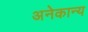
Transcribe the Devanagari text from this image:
अनेकान्य